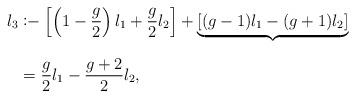
LaTeX: \begin{align*}l_3 &\coloneq \left[\left(1 - \dfrac{g}{2}\right)l_1 + \dfrac{g}{2}l_2\right] + \underbrace{\left[(g - 1)l_1 - (g + 1)l_2\right]}_{} \\&= \dfrac{g}{2}l_1 - \dfrac{g + 2}{2}l_2,\end{align*}